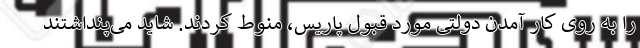
را به روی کار آمدن دولتی مورد قبول پاریس، منوط کردند. شاید می‌پنداشتند